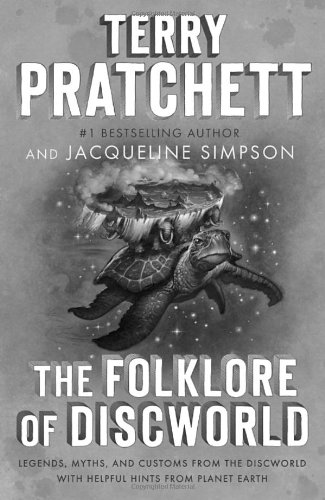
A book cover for The Folklore of Discworld: Legends, Myths, and Customs from the Discworld with Helpful Hints from Planet Earth; Terry Pratchett; Science Fiction & Fantasy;